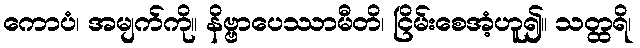
ကောပံ၊ အမျက်ကို။ နိဗ္ဗာပေဿာမီတိ၊ ငြိမ်းစေအံ့ဟူ၍။ သတ္ထရိ၊